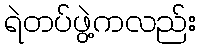
ရဲတပ်ဖွဲ့ကလည်း